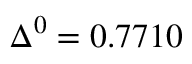
\Delta ^ { 0 } = 0 . 7 7 1 0